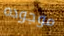
موجوده